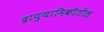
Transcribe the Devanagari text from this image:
द्रायुयामिकीतील